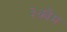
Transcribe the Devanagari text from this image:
३कौम